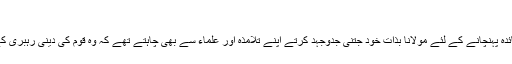
قوم کی دینی رہبری:
قرآنی تعلیمات اور نبوی ہدایات سے لوگوں کو فائدہ پہنچانے کے لئے مولانا بذاتِ خود جتنی جدوجہد کرتے اپنے تلامذہ اور علماء سے بھی چاہتے تھے کہ وہ قوم کی دینی رہبری کے لئے کوئی علمی و دینی مشغلہ ضرور رکھیں۔